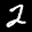
Label: 2